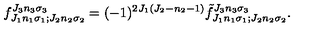
f _ { J _ { 1 } n _ { 1 } \sigma _ { 1 } ; J _ { 2 } n _ { 2 } \sigma _ { 2 } } ^ { J _ { 3 } n _ { 3 } \sigma _ { 3 } } = ( - 1 ) ^ { 2 J _ { 1 } ( J _ { 2 } - n _ { 2 } - 1 ) } { \tilde { f } } _ { J _ { 1 } n _ { 1 } \sigma _ { 1 } ; J _ { 2 } n _ { 2 } \sigma _ { 2 } } ^ { J _ { 3 } n _ { 3 } \sigma _ { 3 } } .